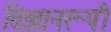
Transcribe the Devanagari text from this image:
विज्ञानरूपी